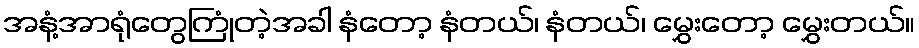
အနံ့အာရုံတွေကြုံတဲ့အခါ နံတော့ နံတယ်၊ နံတယ်၊ မွှေးတော့ မွှေးတယ်။